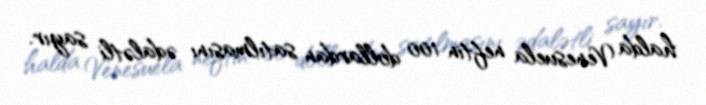
halda Venesuela neftin 100 dollardan satılmasını ədalətli sayır.